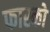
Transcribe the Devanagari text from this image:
फास्को